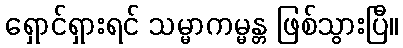
ရှောင်ရှားရင် သမ္မာကမ္မန္တ ဖြစ်သွားပြီ။